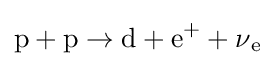
{\text{p}}+{\text{p}}\to {\text{d}}+{\text{e}}^{+}+\operatorname {\nu } _{\text{e}}